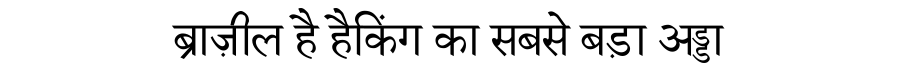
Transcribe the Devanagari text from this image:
ब्राज़ील है हैकिंग का सबसे बड़ा अड्डा